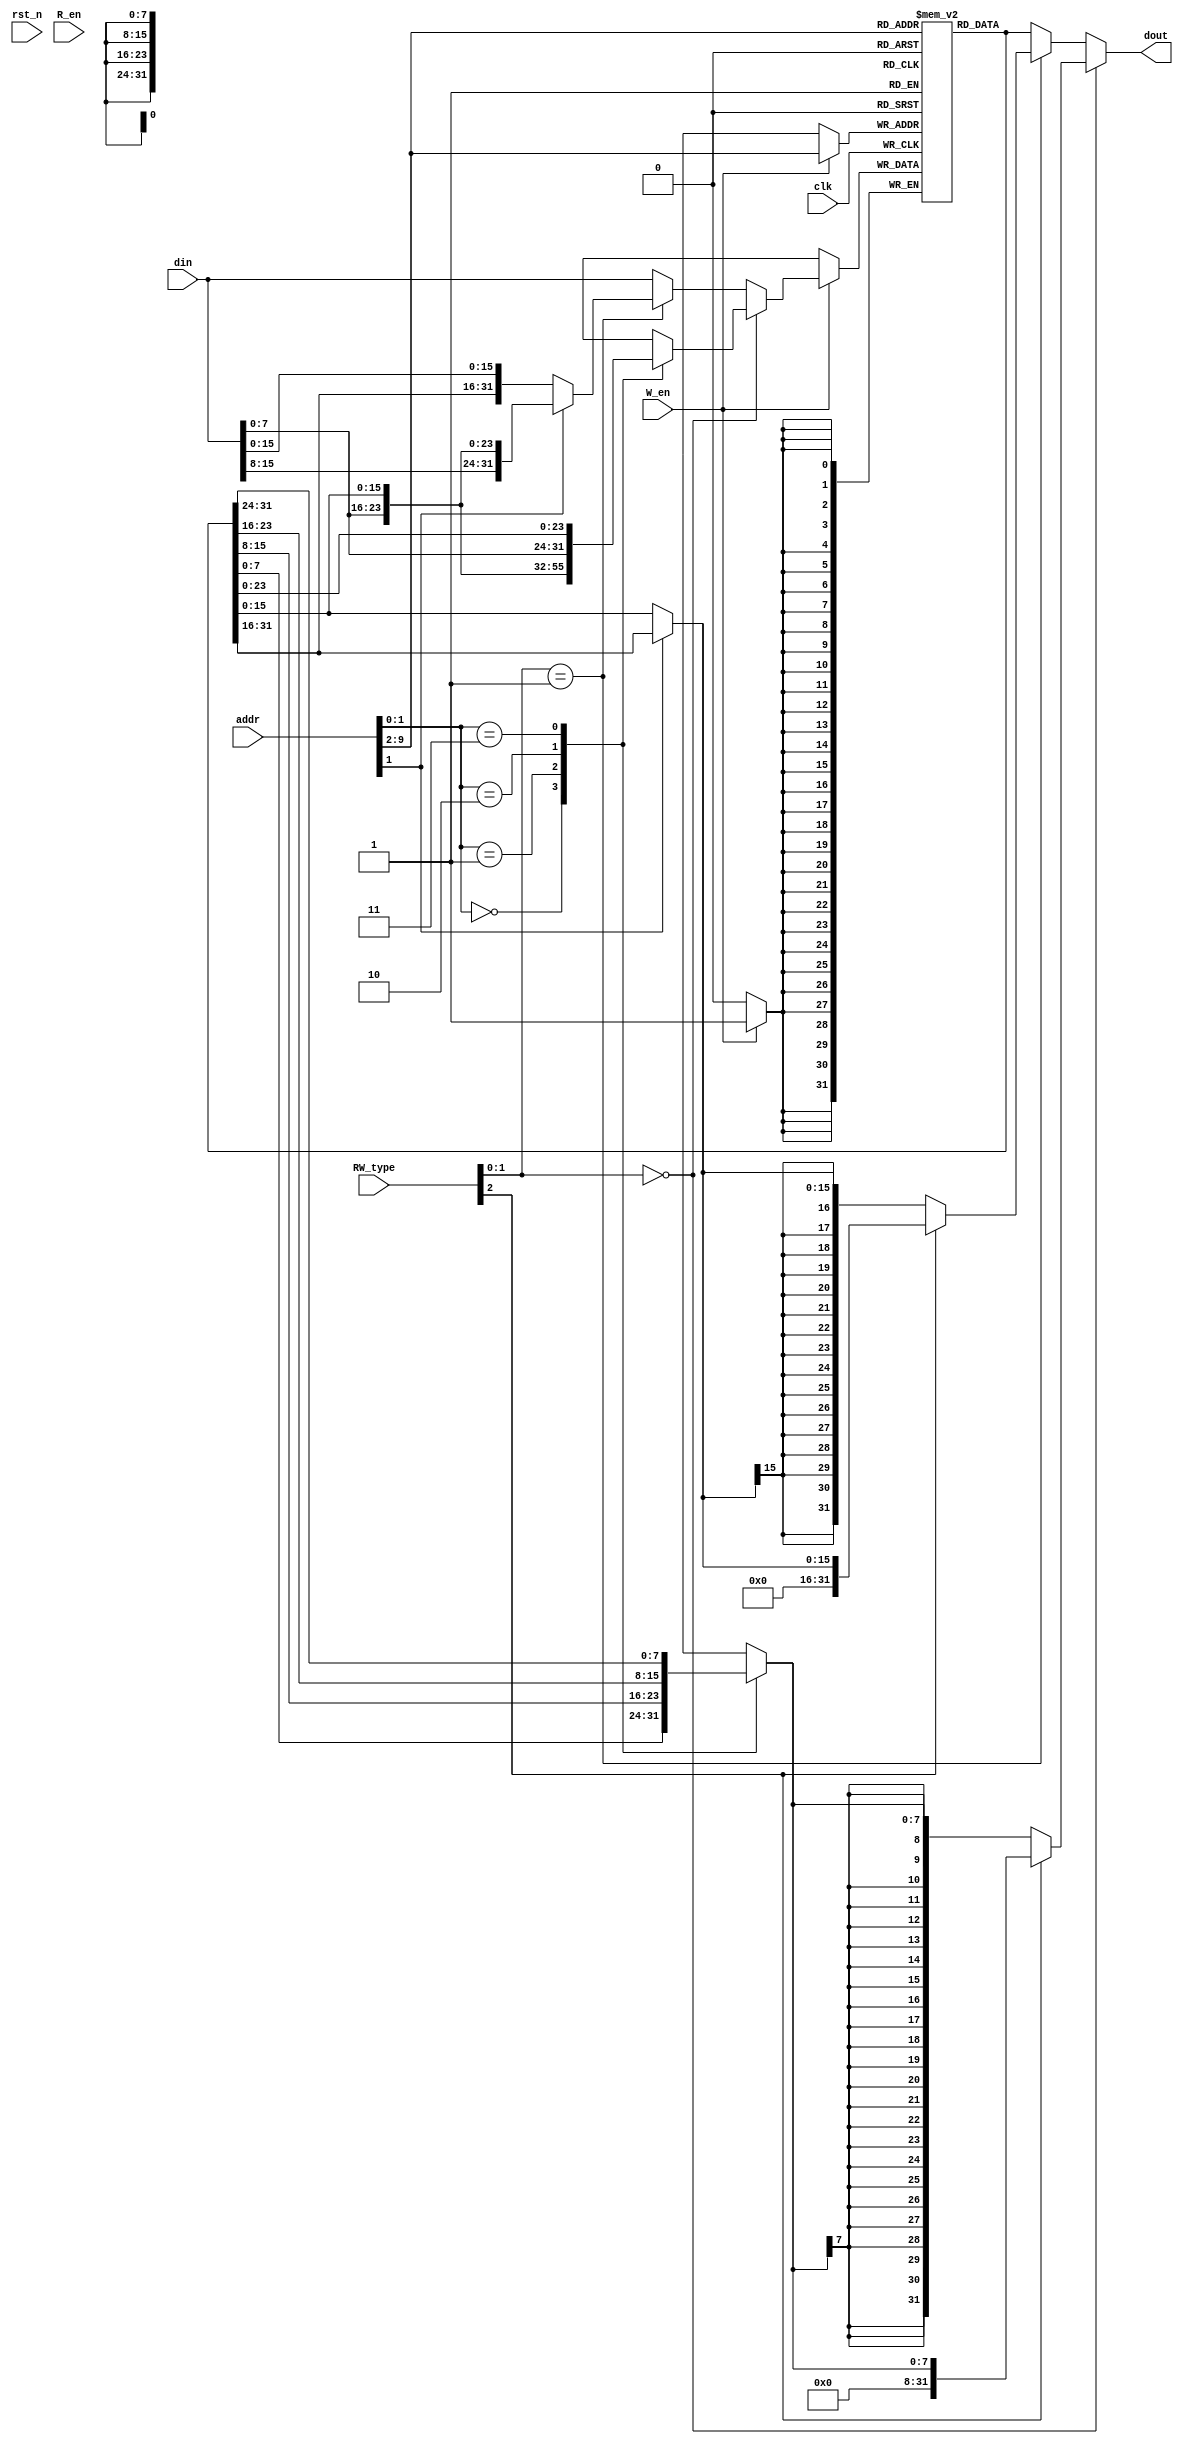
module data_memory(
	input 	wire			clk,
	input 	wire			rst_n,
	input 	wire			W_en,
	input 	wire			R_en,
	input 	wire	[31:0]	addr,
	input 	wire	[2:0]	RW_type,
	input 	wire	[31:0]	din,
	output 	wire	[31:0]	dout
    );
	
	reg [31:0]ram[255:0];
	
	wire [31:0]Rd_data;
	
	reg [31:0]Wr_data_B;
	wire [31:0]Wr_data_H;
	wire [31:0]Wr_data;
	
	assign Rd_data=ram[addr[31:2]];

always@(*)
	begin
		case(addr[1:0])
			2'b00:Wr_data_B={Rd_data[31:8],din[7:0]};
			2'b01:Wr_data_B={Rd_data[31:16],din[7:0],Rd_data[7:0]};
			2'b10:Wr_data_B={Rd_data[31:24],din[7:0],Rd_data[15:0]};
			2'b11:Wr_data_B={din[7:0],Rd_data[23:0]};
		endcase
	end

assign Wr_data_H=(addr[1]) ? {din[15:0],Rd_data[15:0]} : {Rd_data[31:16],din[15:0]} ;

assign Wr_data=(RW_type[1:0]==2'b00) ? Wr_data_B :( (RW_type[1:0]==2'b01) ? Wr_data_H : din   );

always@(posedge clk)
begin
	if(W_en)
		ram[addr[9:2]]<=Wr_data;
end

reg [7:0]Rd_data_B;
wire [15:0]Rd_data_H;

wire [31:0] Rd_data_B_ext;
wire [31:0] Rd_data_H_ext;

always@(*)
begin
	case(addr[1:0])
		2'b00:Rd_data_B=Rd_data[7:0];
		2'b01:Rd_data_B=Rd_data[15:8];
		2'b10:Rd_data_B=Rd_data[23:16];
		2'b11:Rd_data_B=Rd_data[31:24];
	endcase
end
		
assign Rd_data_H=(addr[1])? Rd_data[31:16]:Rd_data[15:0];

assign Rd_data_B_ext=(RW_type[2]) ? {24'd0,Rd_data_B} : {{24{Rd_data_B[7]}},Rd_data_B};

assign Rd_data_H_ext=(RW_type[2]) ? {16'd0,Rd_data_H} : {{16{Rd_data_H[15]}},Rd_data_H};

assign dout=(RW_type[1:0]==2'b00) ? Rd_data_B_ext : ((RW_type[1:0]==2'b01) ? Rd_data_H_ext : Rd_data );

endmodule